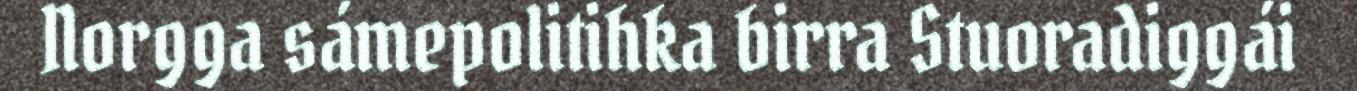
Norgga sámepolitihka birra Stuoradiggái